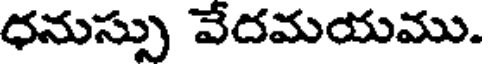
ధనుస్సు వేదమయము.